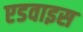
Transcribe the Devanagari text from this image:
एडवाइस